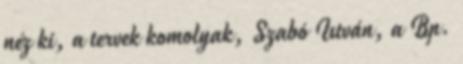
néz ki, a tervek komolyak, Szabó István, a Bp.